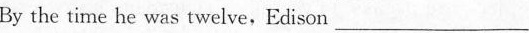
By the time he was twelve，Edison\underline